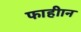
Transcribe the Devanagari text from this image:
फाहीान